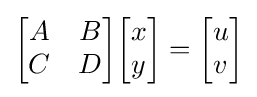
{\begin{bmatrix}A&B\\C&D\end{bmatrix}}{\begin{bmatrix}x\\y\end{bmatrix}}={\begin{bmatrix}u\\v\end{bmatrix}}